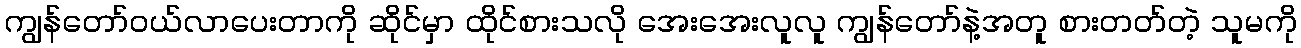
ကျွန်တော်ဝယ်လာပေးတာကို ဆိုင်မှာ ထိုင်စားသလို အေးအေးလူလူ ကျွန်တော်နဲ့အတူ စားတတ်တဲ့ သူမကို